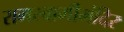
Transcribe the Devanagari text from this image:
रामस्वामीमंदिर